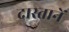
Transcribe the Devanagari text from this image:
दास्तानें